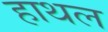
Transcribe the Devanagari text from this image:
हाथल